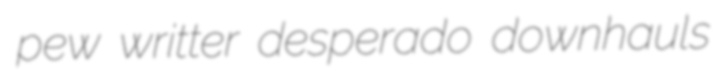
pew writter desperado downhauls